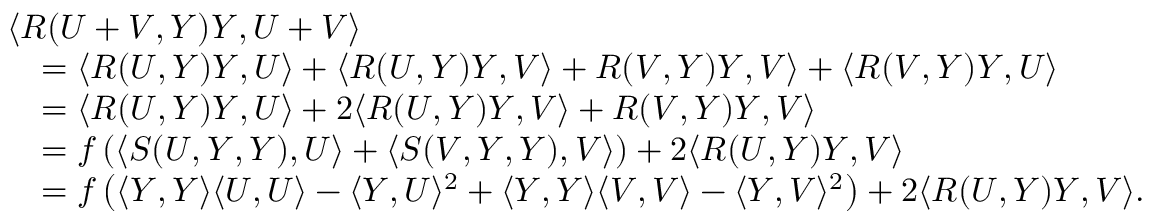
\begin{array} { r l } & { \langle R ( U + V , Y ) Y , U + V \rangle } \\ & { \quad = \langle R ( U , Y ) Y , U \rangle + \langle R ( U , Y ) Y , V \rangle + R ( V , Y ) Y , V \rangle + \langle R ( V , Y ) Y , U \rangle } \\ & { \quad = \langle R ( U , Y ) Y , U \rangle + 2 \langle R ( U , Y ) Y , V \rangle + R ( V , Y ) Y , V \rangle } \\ & { \quad = f \left( \langle S ( U , Y , Y ) , U \rangle + \langle S ( V , Y , Y ) , V \rangle \right) + 2 \langle R ( U , Y ) Y , V \rangle } \\ & { \quad = f \left( \langle Y , Y \rangle \langle U , U \rangle - \langle Y , U \rangle ^ { 2 } + \langle Y , Y \rangle \langle V , V \rangle - \langle Y , V \rangle ^ { 2 } \right) + 2 \langle R ( U , Y ) Y , V \rangle . } \end{array}